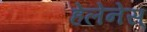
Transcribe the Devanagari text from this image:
हेलेनेस्